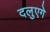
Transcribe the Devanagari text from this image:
दलुएगे